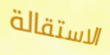
الاستقالة